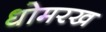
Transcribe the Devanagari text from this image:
धोमरख